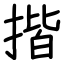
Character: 揩